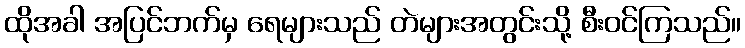
ထိုအခါ အပြင်ဘက်မှ ရေများသည် တဲများအတွင်းသို့ စီးဝင်ကြသည်။